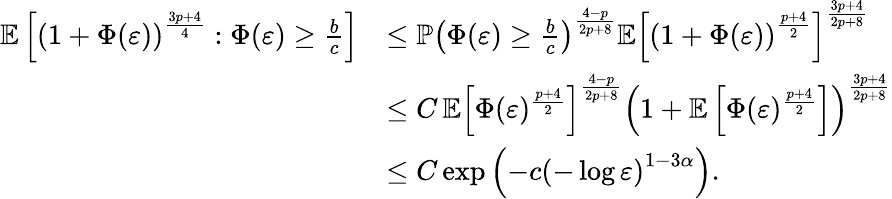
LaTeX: \begin{array}{rl}{\mathbb{E}\left[\left(1+\Phi(\varepsilon)\right)^{\frac{3p+4}{4}}:\Phi(\varepsilon)\geq\frac{b}{c}\right]}&{\leq\mathbb{P}\left(\Phi(\varepsilon)\geq\frac{b}{c}\right)^{\frac{4-p}{2p+8}}\mathbb{E}\left[\left(1+\Phi(\varepsilon)\right)^{\frac{p+4}{2}}\right]^{\frac{3p+4}{2p+8}}}\\ &{\leq C\, \mathbb{E}\left[\Phi(\varepsilon)^{\frac{p+4}{2}}\right]^{\frac{4-p}{2p+8}}\left(1+\mathbb{E}\left[\Phi(\varepsilon)^{\frac{p+4}{2}}\right]\right)^{\frac{3p+4}{2p+8}}}\\ &{\leq C\exp\left(-c\left(-\log\varepsilon\right)^{1-3\alpha}\right).}\end{array}